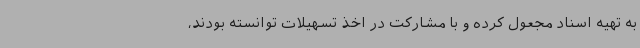
به تهیه اسناد مجعول کرده و با مشارکت در اخذ تسهیلات توانسته بودند،